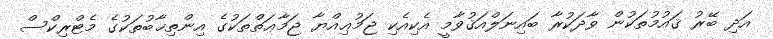
އަދި ބޭރު ޤައުމުތަކުން ވާދަކުރާ ބައިނަލްއަޤުވާމީ އެކިއެކި ޖަމުޢިއްޔާ ޖަމާޢަތްތަކުގެ އިންތިޚާބުތަކުގެ މެޓްރިކްސް